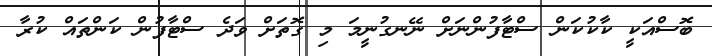
ބޮސްއަކީ ކާކުކަން ސްޓާފުންނަށް ނޭނގުނީމަ މި ގޮތަށް ވަދެ ސްޓާފުން ކަންތައް ކުރާ